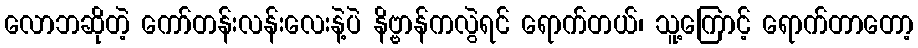
လောဘဆိုတဲ့ ကော်တန်းလန်းလေးနဲ့ပဲ နိဗ္ဗာန်ကလွဲရင် ရောက်တယ်၊ သူ့ကြောင့် ရောက်တာတော့